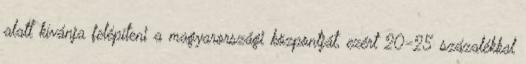
alatt kívánja felépíteni a magyarországi központját, ezért 20-25 százalékkal